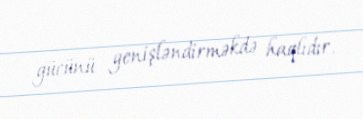
gücünü genişləndirməkdə haqlıdır.